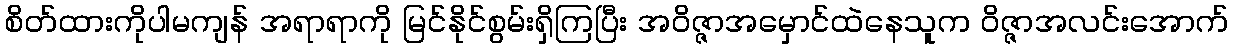
စိတ်ထားကိုပါမကျန် အရာရာကို မြင်နိုင်စွမ်းရှိကြပြီး အဝိဇ္ဇာအမှောင်ထဲနေသူက ဝိဇ္ဇာအလင်းအောက်